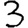
Digit: 3